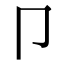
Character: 卩